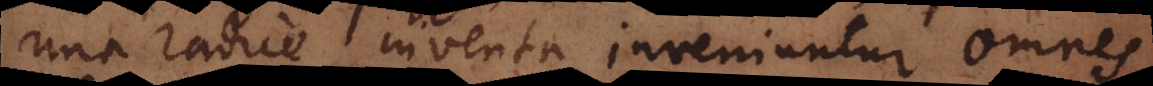
una radice inventa inveniuntur omnes,